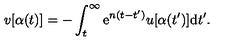
v [ \alpha ( t ) ] = - \int _ { t } ^ { \infty } \mathrm { e } ^ { n ( t - t ^ { \prime } ) } u [ \alpha ( t ^ { \prime } ) ] \mathrm { d } t ^ { \prime } .